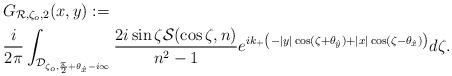
LaTeX: \begin{align*}&G_{\mathcal R, \zeta_o, 2}(x,y) :=\\&\frac{i}{2\pi}\int_{\mathcal D_{\zeta_o,\frac\pi2+\theta_{\hat{x}}-i\infty}} \frac{2i\sin\zeta\mathcal S(\cos\zeta,n)}{n^2-1} {e^{ik_{+}\left(-\vert y \vert\cos(\zeta+\theta_{\hat y})+ \vert x \vert\cos(\zeta-\theta_{\hat x})\right)}} d\zeta. \end{align*}